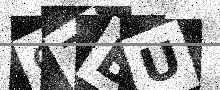
Text: 97BU